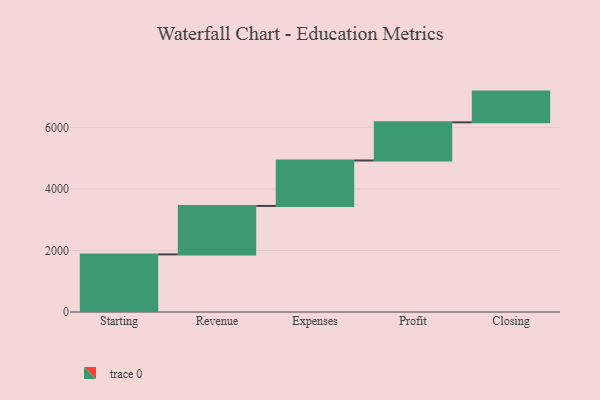
{"axis": {"x": "Step", "y": "Value"}, "legend": [""], "data": [{"x": "Starting", "y": 1874.0, "type": ""}, {"x": "Revenue", "y": 1576.0, "type": ""}, {"x": "Expenses", "y": 1479.0, "type": ""}, {"x": "Profit", "y": 1240.0, "type": ""}, {"x": "Closing", "y": 1000, "type": ""}]}